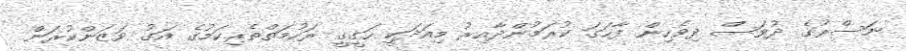
ނަސްރުގެ ދުވަސް ދިވެހިން ފާހަގަ ކުރަމުންދާއިރު މިއަދަކީ ހަގީގީ ރަހުމަތްތެރިކަމުގެ އަގު ވަޒަންކުރަން